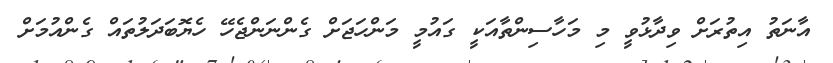
އާނަތު އިތުރަށް ވިދާޅުވީ މި މަހާސިންތާއަކީ ގައުމީ މަންހަޖަށް ގެންނަންޖެހޭ ހެޔޮބަދަލުތައް ގެންއުމަށް